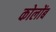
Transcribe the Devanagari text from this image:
कोलोंब